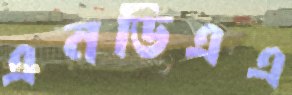
এনডিএএ